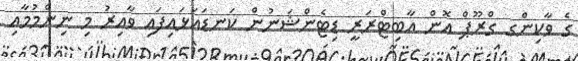
ގެ ވާކިންގ ގްރޫޕް އޮން އާބިޓްރަރީ ޑިޓެންޝަނުން ކަނޑައަޅައިފައި ވާއިރު މި ނިންމުމާއި